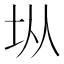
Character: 𭎂